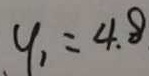
y _ { 1 } = 4 . 8